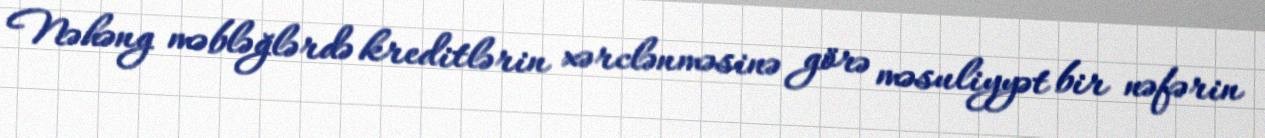
Nəhəng məbləğlərdə kreditlərin xərclənməsinə görə məsuliyyət bir nəfərin